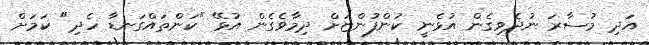
އަދި މުސާރަ ނުދެވިގެން އުޅެނީ ކުންފުންޏަށް ދިމާވެގެން އުޅޭ "ކަންތައްގަނޑާ ހެދި" ކަމަށް